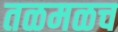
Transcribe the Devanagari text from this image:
तळमळच